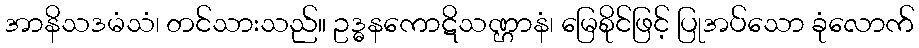
အာနိသဒမံသံ၊ တင်သားသည်။ ဥဒ္ဓနကောဋိသဏ္ဌာနံ၊ မြေစိုင်ဖြင့် ပြုအပ်သော ခုံလောက်